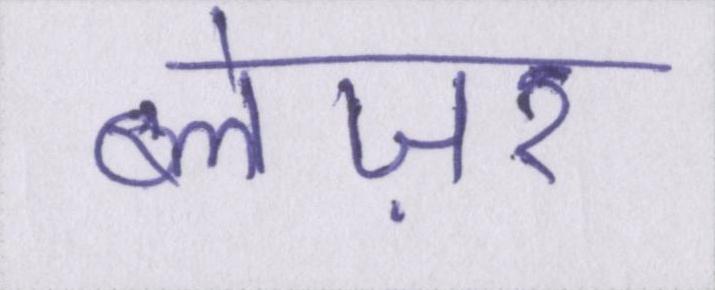
ब्लेज़र